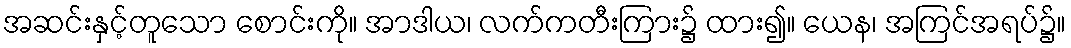
အဆင်းနှင့်တူသော စောင်းကို။ အာဒါယ၊ လက်ကတီးကြား၌ ထား၍။ ယေန၊ အကြင်အရပ်၌။